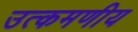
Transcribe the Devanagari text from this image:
उत्कमणीय